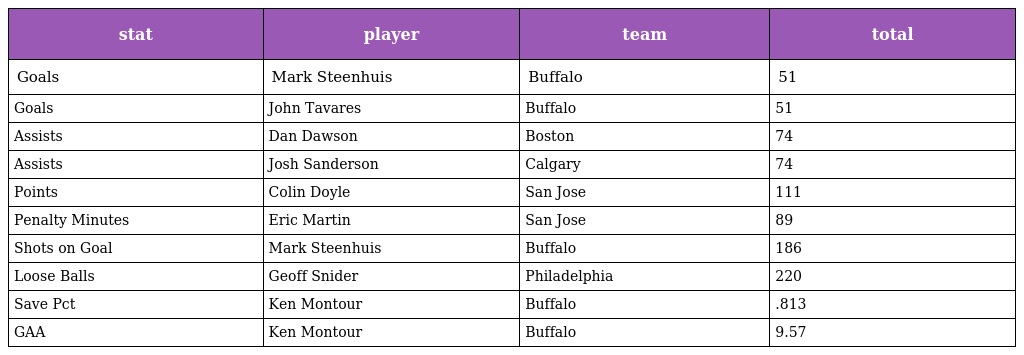
| stat | player | team | total |
 | --- | --- | --- | --- |
 | Goals | Mark Steenhuis | Buffalo | 51 |
 | Goals | John Tavares | Buffalo | 51 |
 | Assists | Dan Dawson | Boston | 74 |
 | Assists | Josh Sanderson | Calgary | 74 |
 | Points | Colin Doyle | San Jose | 111 |
 | Penalty Minutes | Eric Martin | San Jose | 89 |
 | Shots on Goal | Mark Steenhuis | Buffalo | 186 |
 | Loose Balls | Geoff Snider | Philadelphia | 220 |
 | Save Pct | Ken Montour | Buffalo | .813 |
 | GAA | Ken Montour | Buffalo | 9.57 |